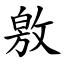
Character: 敫